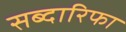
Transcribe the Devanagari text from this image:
सब्दारिफा